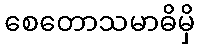
စေတောသမာဓိမှိ